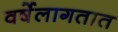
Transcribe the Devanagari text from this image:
वर्षेलागतात